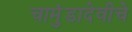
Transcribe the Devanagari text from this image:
चामुंडादेवीचे